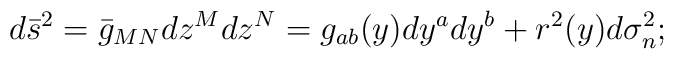
d{\bar s}^2=\bar g_{MN}dz^Mdz^N=g_{ab}(y)dy^a dy^b + r^2(y)d\sigma_n^2;